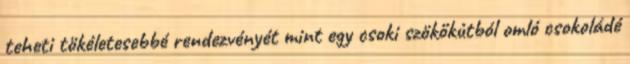
teheti tökéletesebbé rendezvényét mint egy csoki szökőkútból omló csokoládé